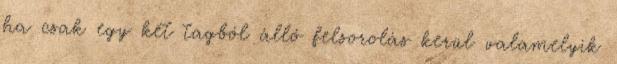
ha csak egy két tagból álló felsorolás kerül valamelyik